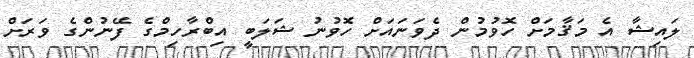
ލައިޝާ އެ މަޤާމަށް ހޮވުމުން ދެވަނައަށް ހޮވުނު ޝަލަބީ އިބްރާހިމްގެ ފޭނުންގެ ވަރަށް